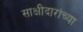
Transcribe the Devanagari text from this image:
साक्षीदारांच्या